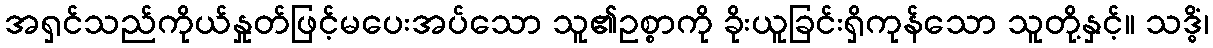
အရှင်သည်ကိုယ်နှုတ်ဖြင့်မပေးအပ်သော သူ၏ဥစ္စာကို ခိုးယူခြင်းရှိကုန်သော သူတို့နှင့်။ သဒ္ဓိံ၊